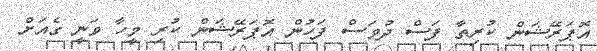
އޮޕަރޭޝަން ކުރިތާ ފަސް ދުވަސް ފަހުން އޮޕަރޭޝަން ކުރި މީހާ ވަނީ ގެއަށް